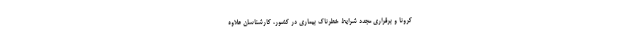
کرونا و برقراری مجدد شرایط خطرناک بیماری در کشور، کارشناسان علاوه